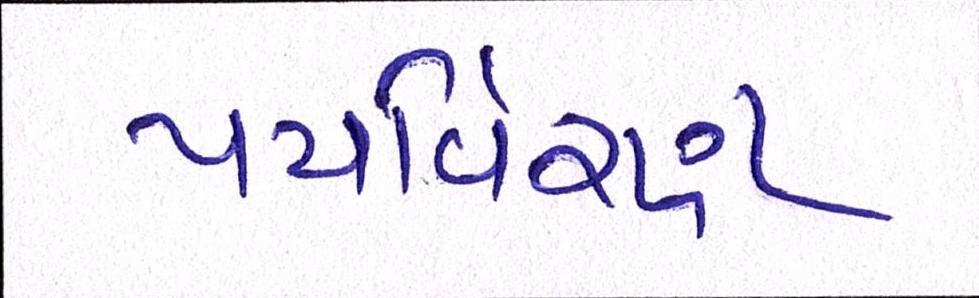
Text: પયર્વિરણ